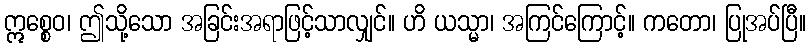
ဣစ္စေဝ၊ ဤသို့သော အခြင်းအရာဖြင့်သာလျှင်။ ဟိ ယသ္မာ၊ အကြင်ကြောင့်။ ကတော၊ ပြုအပ်ပြီ။